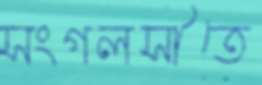
সংগলসীতে